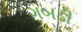
ગબડી